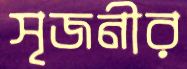
সৃজনীর